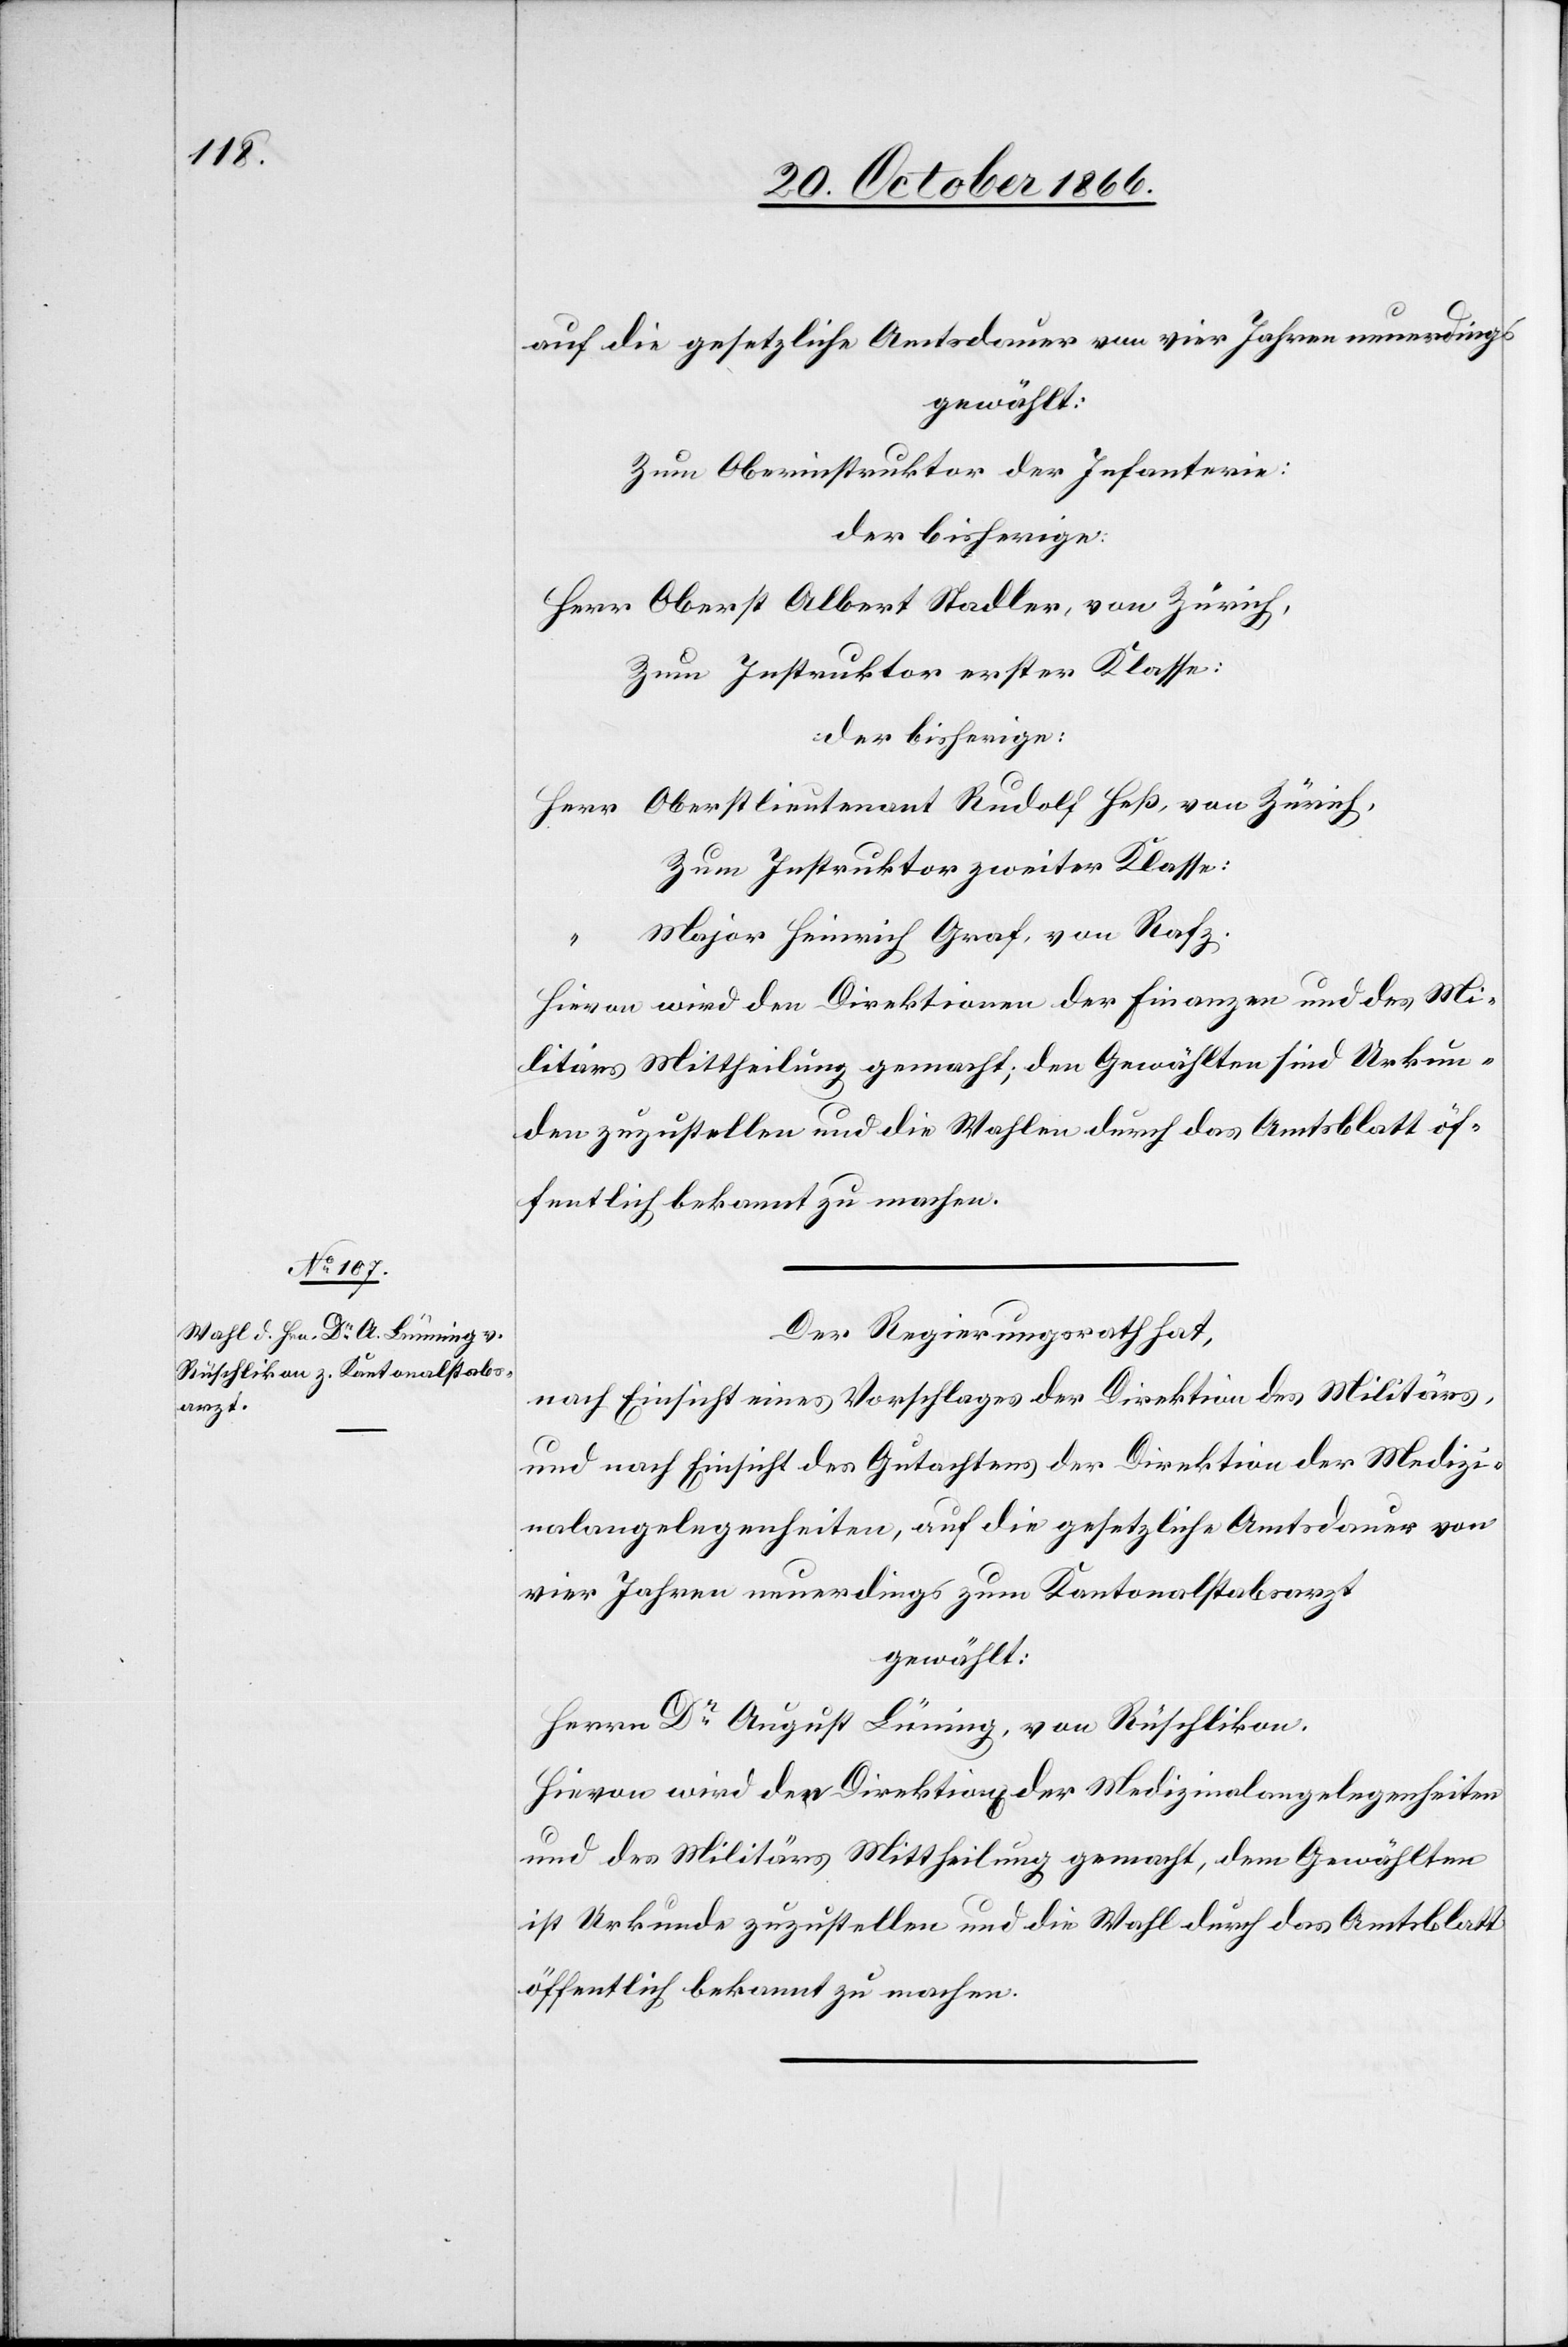
auf die gesetzliche Amtsdauer von vier Jahren neuerdings
gewählt:
Zum Oberinstruktor der Infanterie:
der bisherige:
Herr Oberst Albert Stadler, von Zürich,
Zum Instruktor erster Klasse:
der bisherige:
Herr Oberstlieutenant Rudolf Heß, von Zürich,
Zum Instruktor zweiter Klasse:
Major Heinrich Graf, von Rafz.
Hievon wird den Direktionen der Finanzen und des Mi¬
litärs Mittheilung gemacht; den Gewählten sind Urkun¬
den zuzustellen und die Wahlen durch das Amtsblatt öf¬
fentlich bekannt zu machen.
Der Regierungsrath hat,
nach Einsicht eines Vorschlages der Direktion des Militärs,
und nach Einsicht des Gutachtens der Direktion der Medizi¬
nalangelegenheiten, auf die gesetzliche Amtsdauer von
vier Jahren neuerdings zum Kantonalstabsarzt
gewählt:
Herrn Dr. August Lüning, von Rüschlikon.
Hievon wird den Direktion[en] der Medizinalangelegenheiten
und des Militärs Mittheilung gemacht, dem Gewählten
ist Urkunde zuzustellen und die Wahl durch das Amtsblatt
öffentlich bekannt zu machen.